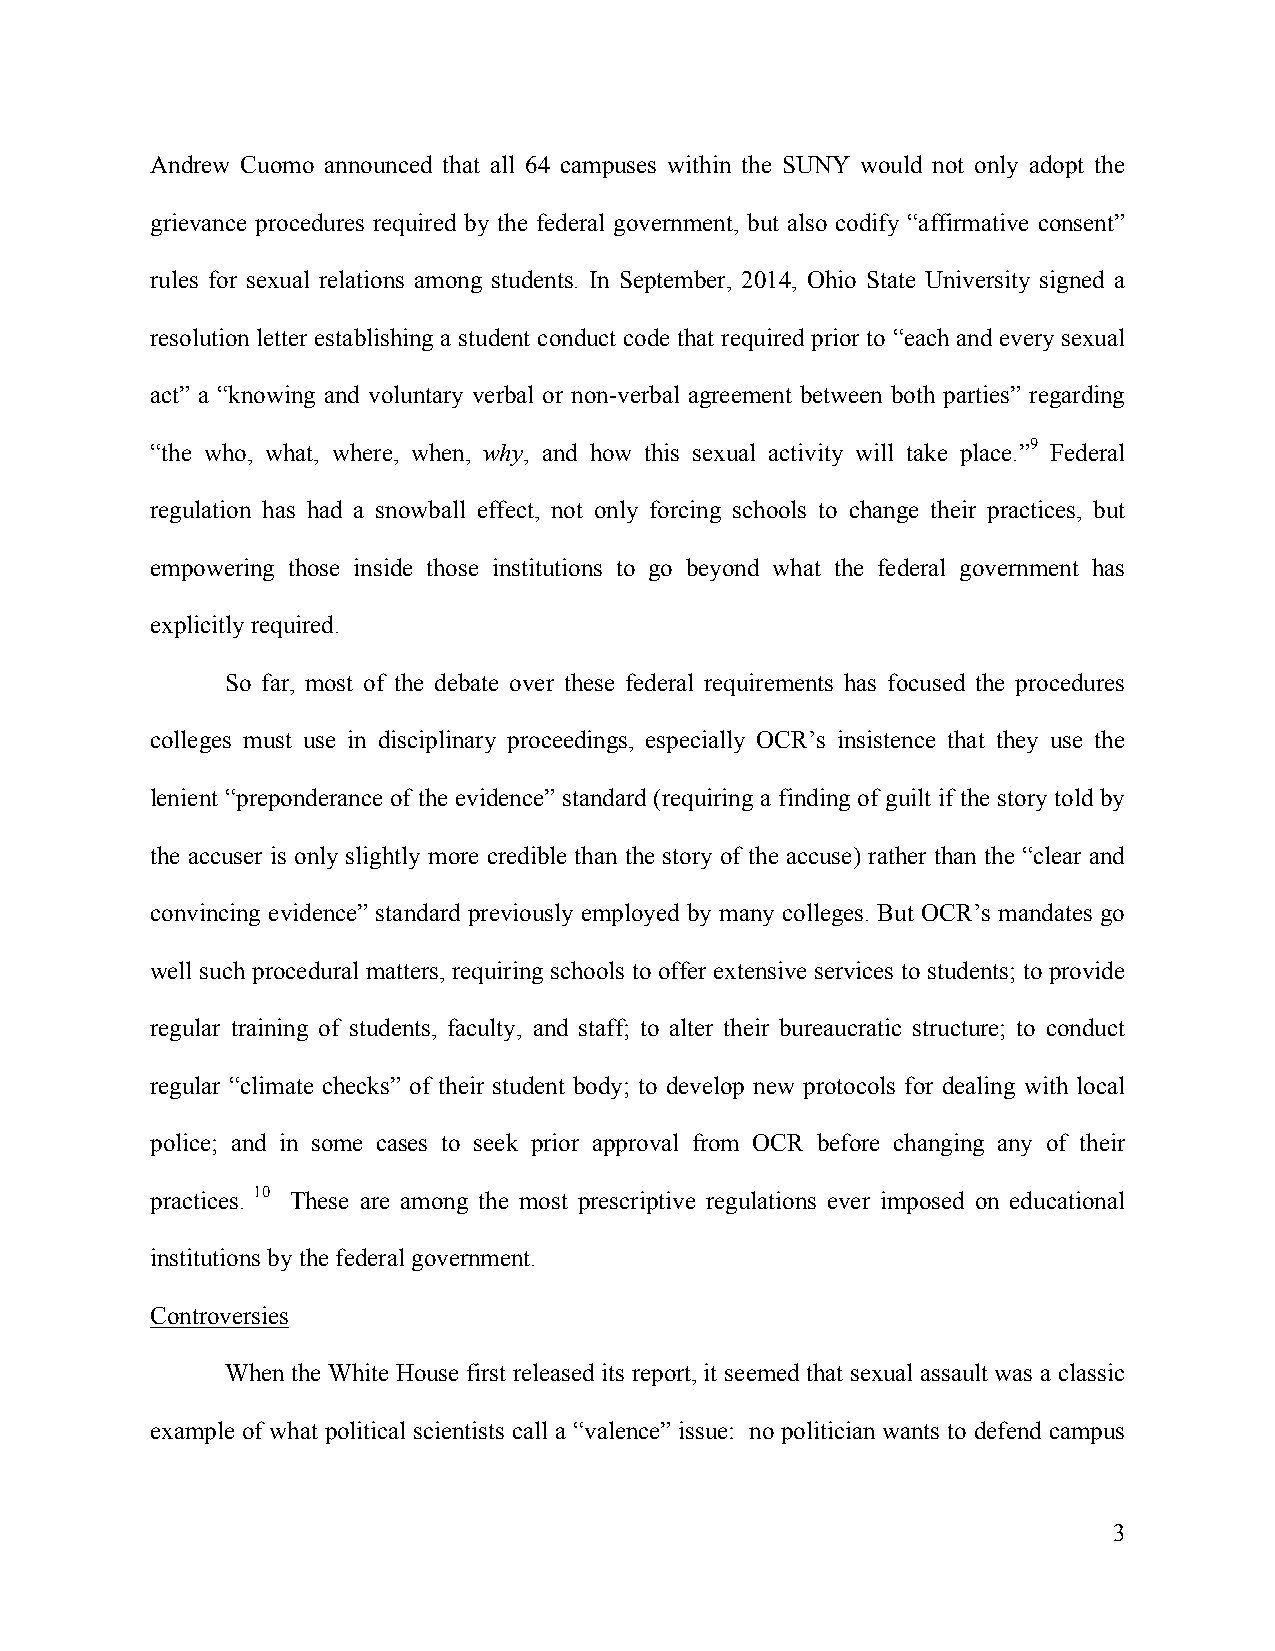
Andrew Cuomo announced that all 64 campuses within the SUNY would not only adopt the
 grievance procedures required by the federal government, but also codify “affirmative consent”
 rules for sexual relations among students. In September, 2014, Ohio State University signed a
 resolution letter establishing a student conduct code that required prior to “each and every sexual
 act” a “knowing and voluntary verbal or non-verbal agreement between both parties” regarding
 “the who, what, where, when, why, and how this sexual activity will take place.”9 Federal
 regulation has had a snowball effect, not only forcing schools to change their practices, but
 empowering those inside those institutions to go beyond what the federal government has
 explicitly required.
 So far, most of the debate over these federal requirements has focused the procedures
 colleges must use in disciplinary proceedings, especially OCR’s insistence that they use the
 lenient “preponderance of the evidence” standard (requiring a finding of guilt if the story told by
 the accuser is only slightly more credible than the story of the accuse) rather than the “clear and
 convincing evidence” standard previously employed by many colleges. But OCR’s mandates go
 well such procedural matters, requiring schools to offer extensive services to students; to provide
 regular training of students, faculty, and staff; to alter their bureaucratic structure; to conduct
 regular “climate checks” of their student body; to develop new protocols for dealing with local
 police; and in some cases to seek prior approval from OCR before changing any of their
 practices. 10 These are among the most prescriptive regulations ever imposed on educational
 institutions by the federal government.
 Controversies
 When the White House first released its report, it seemed that sexual assault was a classic
 example of what political scientists call a “valence” issue: no politician wants to defend campus
 3